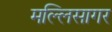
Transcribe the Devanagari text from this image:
मल्लिसागर